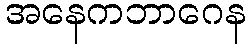
အနေကဘာဂေန